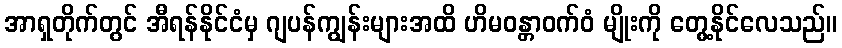
အာရှတိုက်တွင် အီရန်နိုင်ငံမှ ဂျပန်ကျွန်းများအထိ ဟိမဝန္တာဝက်ဝံ မျိုးကို တွေ့နိုင်လေသည်။